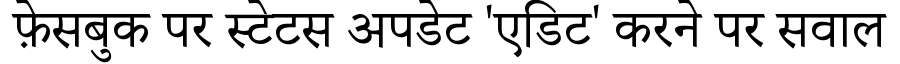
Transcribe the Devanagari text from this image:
फ़ेसबुक पर स्टेटस अपडेट 'एडिट' करने पर सवाल